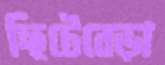
ছিটেবেড়া